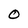
Character: O